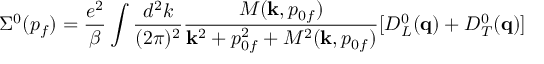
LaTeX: \Sigma ^ { 0 } ( p _ { f } ) = { \frac { e ^ { 2 } } { \beta } } \int { \frac { d ^ { 2 } k } { ( 2 \pi ) ^ { 2 } } } { \frac { { \cal M } ( { \bf k } , p _ { 0 f } ) } { { \bf k } ^ { 2 } + p _ { 0 f } ^ { 2 } + { \cal M } ^ { 2 } ( { \bf k } , p _ { 0 f } ) } } [ D _ { L } ^ { 0 } ( { \bf q } ) + D _ { T } ^ { 0 } ( { \bf q } ) ]